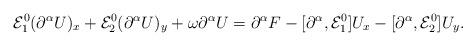
LaTeX: \begin{align*}\mathcal{E}_1^0 (\partial^\alpha U)_x + \mathcal{E}_2^0 (\partial^\alpha U)_y + \omega \partial^\alpha U = \partial^\alpha F - [\partial^\alpha, \mathcal{E}_1^0]U_x - [\partial^\alpha, \mathcal{E}_2^0]U_y.\end{align*}